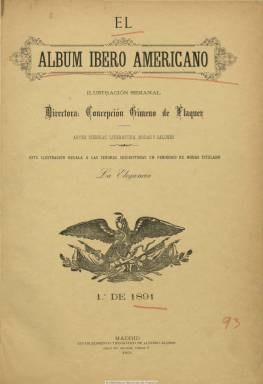
Título: El Álbum ibero americano
Otros títulos: Álbum ibero-americano
Colección: Revistas femeninas || Semanarios de amenidades
Ámbito geográfico: Madrid
Lugar de publicación: Madrid
Fechas: 07/01/1891-30/12/1909

Publicación que, con el subtítulo “ilustración semanal”, está caracterizada por su vinculación directa con la escritora y periodista feminista aragonesa Concepción Gimeno y Gil (1850-1919), quien cambiará su segundo apellido por el de su marido tras casarse, en 1879, con el asimismo periodista y hombre de negocios catalán Francisco de Paula Flaquer y Fraise; por su vinculación con el hispanoamericanismo, así como caracterizada también por su naturaleza de revista ilustrada española de entre siglos. En cuanto a esta última y como así la tipifica Juan Miguel Sánchez Vigil, se trata de una revista que mantendrá el  “corte clásico” en comparación con los nuevos estilos gráficos de los magazines que surgirán en la última década del diecinueve, como Blanco y negro (1891) y Nuevo mundo (1894).

Concepción Gimeno Flaquer, maestra de profesión, como pionera del periodismo feminista español, propagandista de la instrucción pública y defensora de la emancipación de la mujer dentro de lo que ella denominó “feminismo sensato”, o de corte liberal avanzado, como por otra parte es definido, había sido previamente editora de La Mujer (Madrid: 1871-1879), que había fundado Faustina Sáez de Melgar, y fundadora y primera directora de La Ilustración de la mujer (Madrid: 1873-1877). Tras contraer matrimonio, viajará por Francia (en donde llegará a conocer a Víctor Hugo) y Portugal, hasta establecerse en México, en donde su marido ya había dirigido previamente un periódico. Aquí fundará y editará El Álbum de la mujer (1883-1890), mientras que Francisco de Paula Flaquer dirigirá otras publicaciones. Ya en esta revista confluirán tanto escritores y periodistas hispanoamericanos, como el poeta David Gris, como escritoras y periodistas españolas de la generación de Concha Gimeno, como Carolina Coronado, Julia Asensi o Emilia Pardo Bazán.

Tras instalarse el matrimonio Flaquer en Madrid, Concha Gimeno continuará su labor periodística y para ello modificará el título de la revista que había editado en México por El Álbum ibero-americano, con las claras intenciones de seguir expandiendo, ahora desde la capital, la cultura española más allá de nuestras fronteras y la iberoamericana en España, como así señala en su estudio Sánchez Vigil. Véase también en este mismo sentido el extenso índice de los escritores hispanoamericanos de la revista que elaboró en su día María Isabel Hernández Prieto.

El primer número de El Álbum ibero-americano en la colección de la Biblioteca Nacional de España corresponde al siete de enero de 1891, pero indicando año IX de publicación en su secuencia, a la que añadirá segunda época, es decir, el noveno desde que empezó Concepción Gimeno a publicar El Álbum de la mujer, en México, y alcanzará, al menos veinte años de vida, hasta el 30 de diciembre de 1909, pero habiendo sido sustituida en la dirección por su marido a partir del 30 de diciembre de 1900.

La revista abordará el tema de la mujer “de manera tremendamente confuso e interesante”, a juicio de Diego Chozas Ruiz-Belloso, que en un ensayo de 2005 analiza este fundamental contenido de una publicación editada y dirigida por quien fue la segunda mujer en ingresar en el Ateneo de Madrid, tras Pardo Bazán.

Junto al subtítulo, El álbum ibero-americano estampará también la leyenda “artes, ciencias, literatura, modas y salones”, e incluirá en el grabado en donde va estampado el título símbolos de España y América. En números de doce páginas, al principio cada uno comienza con la sección “Crónica española y americana”, que narra la actualidad y que, firmada por Francisco de Paula Flaquer y alguna vez por Juan Manuel Contreras, irá variando su epígrafe: “Crónica europea y americana” o “Revista americana”. Por su parte, Concha Gimeno será la autora de “Crónica policroma” y “Crónica semanal”, una especie también de miscelánea de hechos de actualidad, que también llevará en algún momento la firma de su marido. Asimismo, a partir de 1897, Gimeno empezará a firmar una “Crónica feminista”, que después se denomina “Crónica femenina y feminista”.

Junto a la sección “Cartas políticas”, bajo la firma de Ayub y otras referencias de mismo corte, el resto de las páginas de la revista estarán dedicadas preferentemente a artículos diversos, a criticas literarias, artísticas y teatrales, a textos de creación literaria (cuentos, narraciones breves, poemas, epigramas), a biografías de personajes célebres (escritores, artistas, políticos, militares, etc.), pero también a las de mujeres notables. Se completaría cada número con alguna crónica de París y una revista de salones (a los que acudía la propia Concha Gimeno) y de modas. La publicidad comercial, de buen gusto y selecta, quedaba estampada en las últimas planas.

Quincenalmente, también regaló un suplemento de modas con figurines y grabados, algunos recortables, diseñados por M. Moreno, titulado La Elegancia, y como regalo a las “señoras suscriptoras”. En números de cuatro páginas, está redactado por la vizcondesa de Clairment, Rosalía Ferrer, Carmen Silva o Nicolasa Durán de Méndez, y forma parte de la misma colección de la Biblioteca Nacional de España.

Comenzó publicando índices de materias y autores con los contenidos de los 24 números que contenían cada tomo semestral. El primero de estos índices en la colección de la Biblioteca Nacional de España corresponde al segundo tomo, por lo que no sabemos si el primer tomo pudo corresponder a 1890. A partir de 1895 los índices serán anuales, con los contenidos de las 48 entregas de cada año.

Sus colaboradores, de ambos sexos, fueron numerosísimos. Además de otros muy conocidos, lo fueron Ernesto de la Guardia, Carlos Ossorio y Gallardo, R. de la Huerta y Posada, Antonio de Balbuena, Teodoro Guerrero, J. Parada Santín, Melchor de Palau, E. Gómez Carrillo, Juan Tomás Salvany, Gustavo Baz, José M. Matheu, Carmen P. de Silva, Josefa Codina Humbert, Josefa Pujol de Collado o la ya citada Julia Asensi.

Su portada siempre estuvo ilustrada, generalmente, por un retrato. Llega a insertar una docena de ilustraciones en cada número utilizando el fotograbado directo, la mayoría firmados por M. Moreno. Además de los retratos de las biografías, inserta fotografías de vistas, edificios, monumentos, reproducciones pictóricas o dibujos alegóricos de escenas, que son descritos en su sección “Nuestros grabados”.